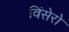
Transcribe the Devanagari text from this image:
विंसेरो